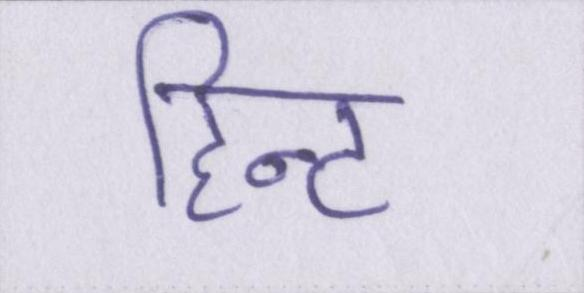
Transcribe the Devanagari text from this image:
हिन्ट